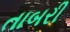
તાબરી